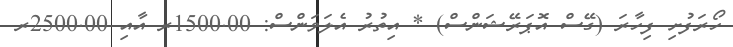
ހޯރަފުށި ފިހާރަ (ގޭސް އޮޕަރޭޝަންސް) * އިތުރު އެލަވަންސް: 1500.00ރ އާއި 2500.00ރ